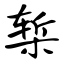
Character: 椠